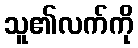
သူ၏လက်ကို